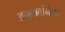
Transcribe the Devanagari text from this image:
अनुभवांनंतर